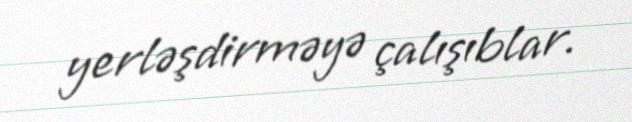
yerləşdirməyə çalışıblar.